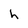
Character: h